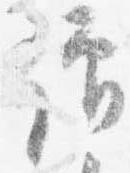
僧